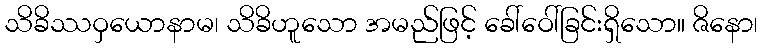
သိခိဿဝှယောနာမ၊ သိခိဟူသော အမည်ဖြင့် ခေါ်ဝေါ်ခြင်းရှိသော။ ဇိနော၊